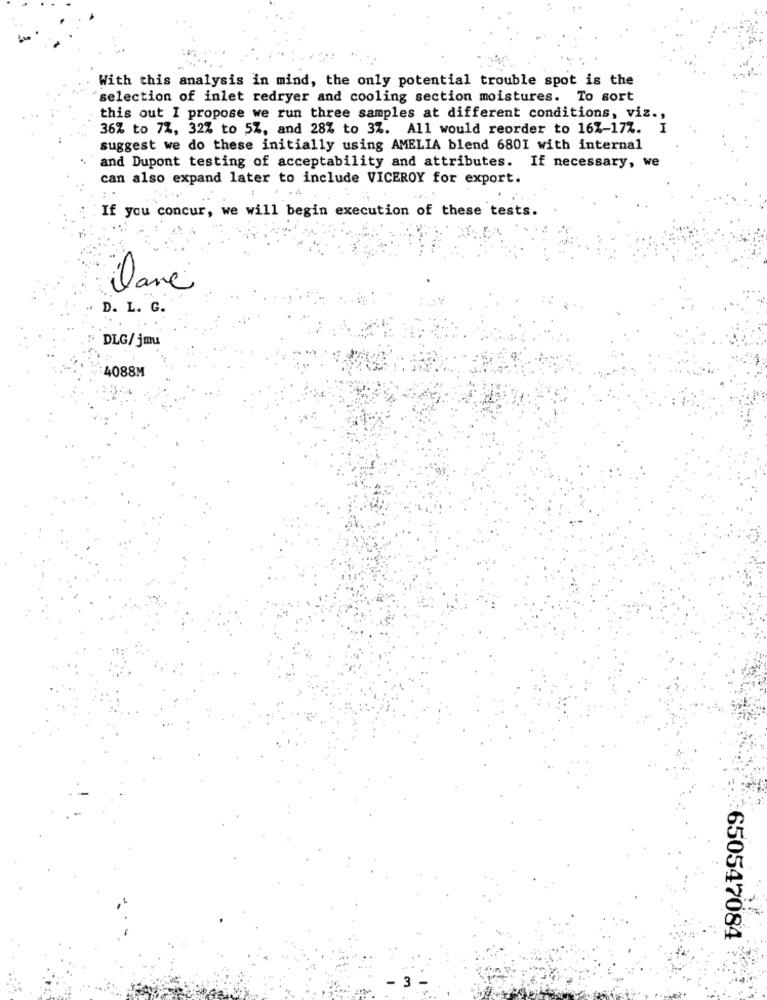
With this analysis in mind, the only potential trouble spot is the
selection of inlet redryer and cooling section moistures. To sort
this out I propose we run three samples at different conditions, viz .,
36% to 72, 32% to 5Z, and 28% to 3%. All would reorder to 16%-177. I
suggest we do these initially using AMELIA blend 6801 with internal
and Dupont testing of acceptability and attributes. If necessary, we
can also expand later to include VICEROY for export.
If you concur, we will begin execution of these tests.
Dane
D. L. G.
DLG/ jmu
4088M
650547084
. 3